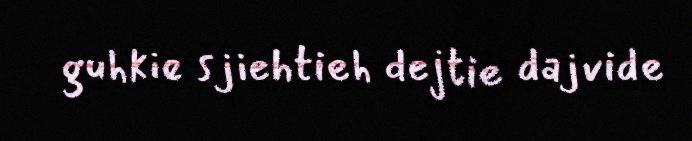
guhkie sjiehtieh dejtie dajvide